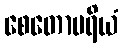
စေတောပရိယံ